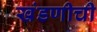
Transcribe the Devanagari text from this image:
खंडणीची